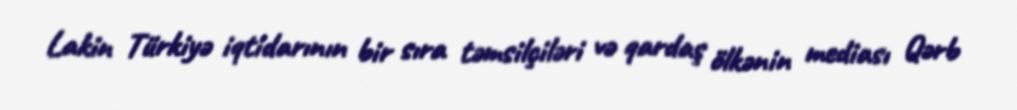
Lakin Türkiyə iqtidarının bir sıra təmsilçiləri və qardaş ölkənin mediası Qərb